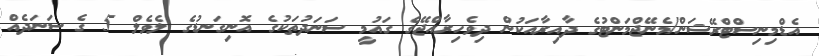
އެޑްމިނިސްޓްރޭޝަން/މެނޭޖްމަންޓުގެ ދާއިރާއަކުން ދިވެހިރާއްޖޭގެ ގައުމީ ސަނަދުތަކުގެ އޮނިގަނޑުގެ ލެވެލް 5 ގެ ސަނަދެއް